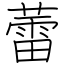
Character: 蕾